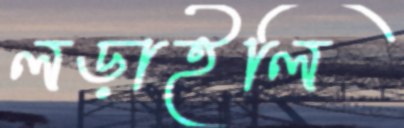
লড়াইলি